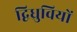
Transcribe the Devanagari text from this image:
द्विध्रुवियों